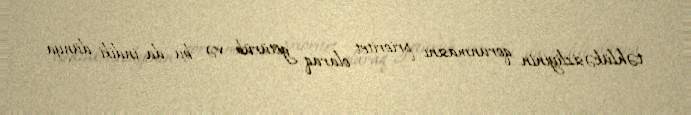
təhlükəsizliyinin qorunmasını prioritet olaraq götürüb və bu da indiki dünya